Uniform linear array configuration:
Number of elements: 8
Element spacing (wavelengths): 0.75
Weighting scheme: cosine
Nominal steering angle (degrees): -60
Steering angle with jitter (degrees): -58.112
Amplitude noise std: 0.05
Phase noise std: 0.05

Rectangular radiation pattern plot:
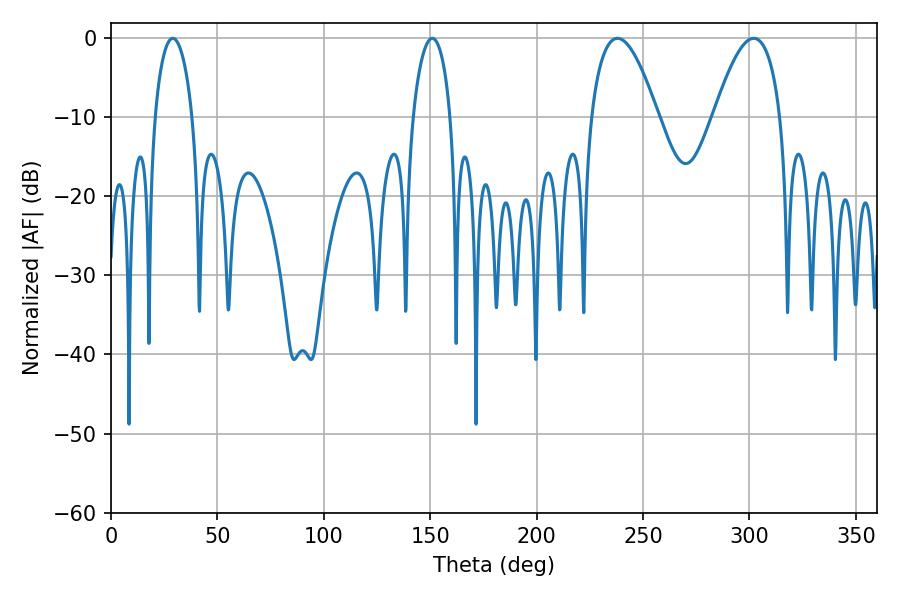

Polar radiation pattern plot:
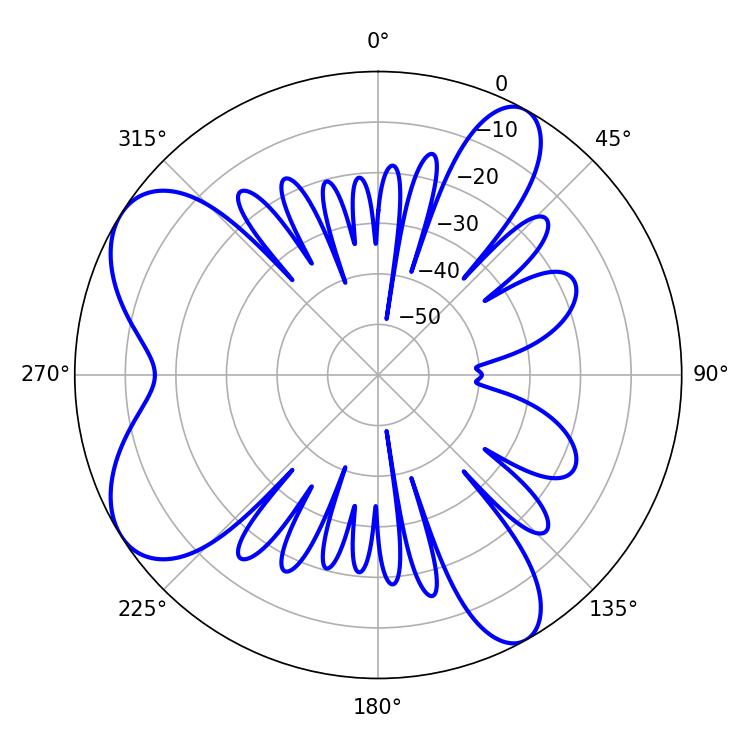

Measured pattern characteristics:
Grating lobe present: TRUE
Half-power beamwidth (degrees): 17.28
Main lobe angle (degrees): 302.04